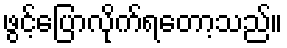
ဖွင့်ပြောလိုက်ရတော့သည်။